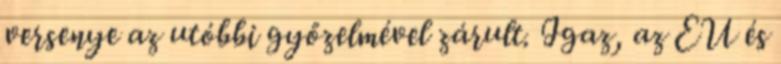
versenye az utóbbi győzelmével zárult. Igaz, az EU és